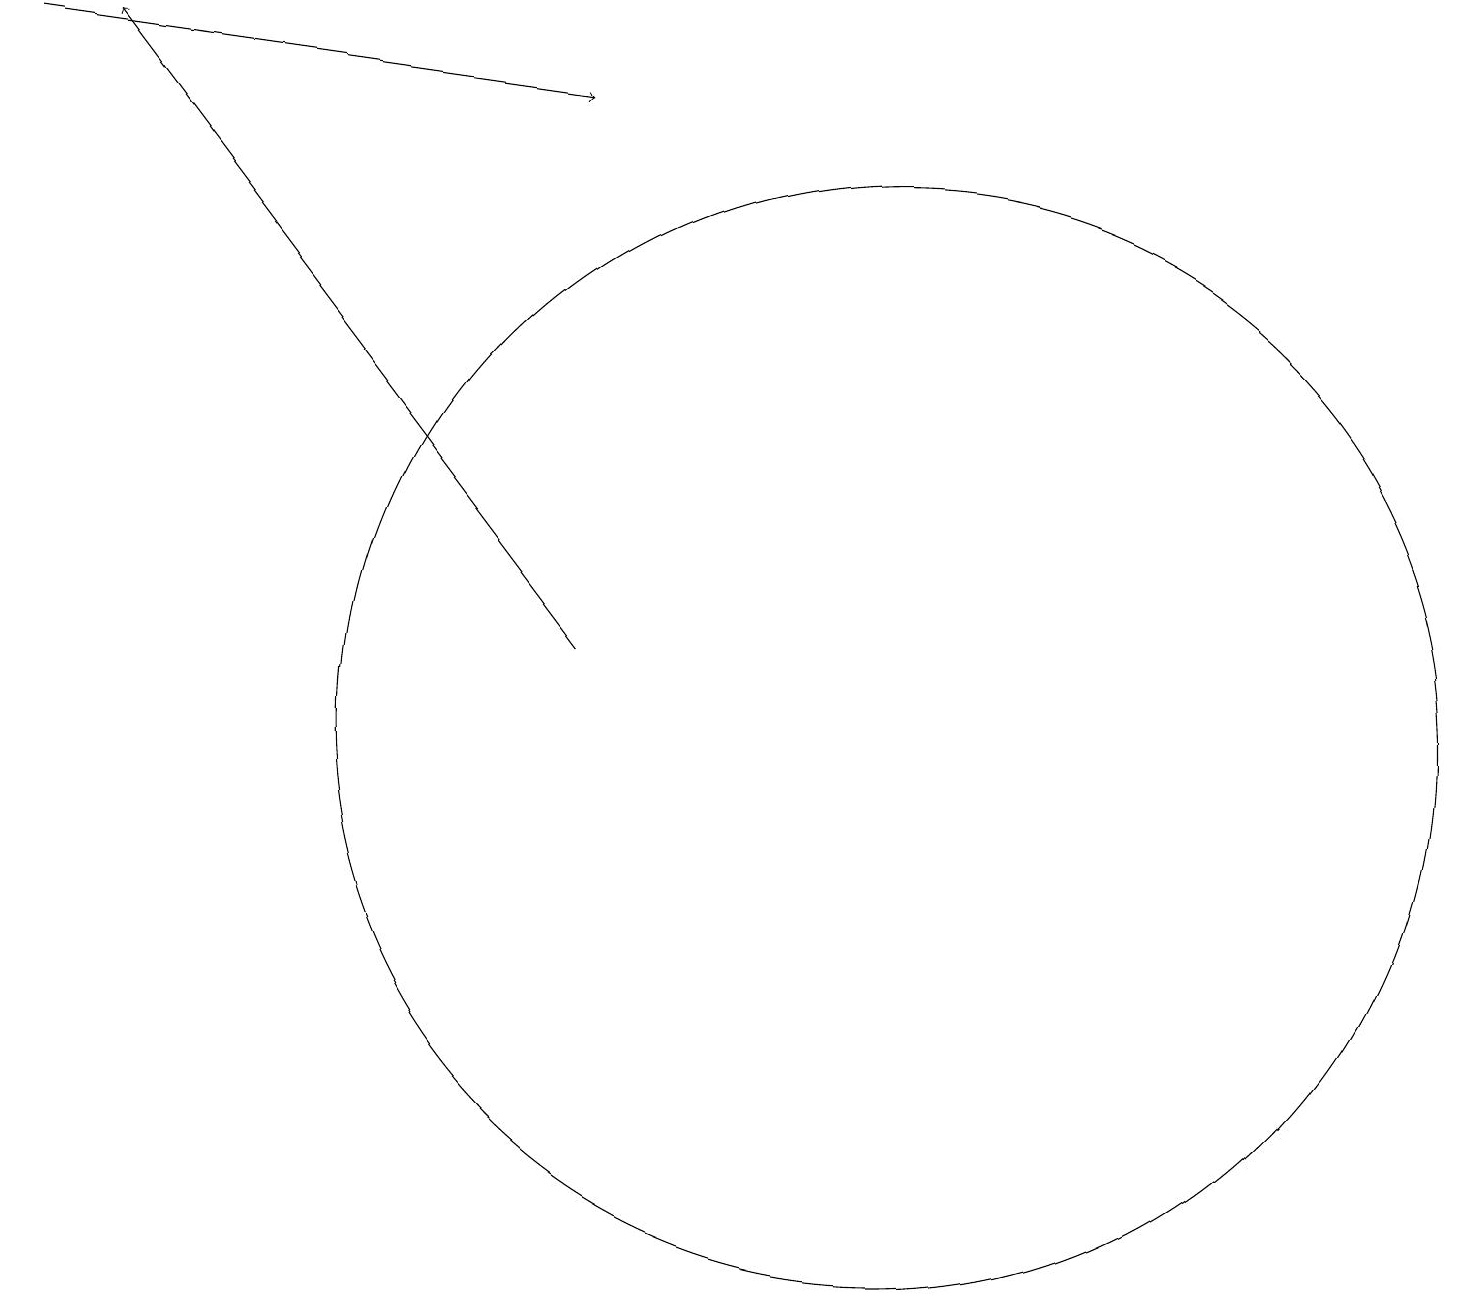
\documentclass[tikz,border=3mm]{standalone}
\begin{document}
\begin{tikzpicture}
\draw[->] (0,19) -- (7,18);
\draw (11,10) circle (7);
\draw[->] (7,11) -- (1,19);
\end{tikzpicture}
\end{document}